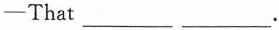
—That ___ ___.